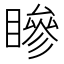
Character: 𥊀